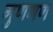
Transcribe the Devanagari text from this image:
गुणगण